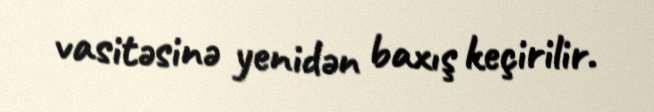
vasitəsinə yenidən baxış keçirilir.